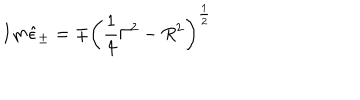
I m \hat { \epsilon } _ { \pm } = \mp \left( \frac 1 4 \Gamma ^ { 2 } - R ^ { 2 } \right) ^ { \frac 1 2 }